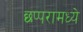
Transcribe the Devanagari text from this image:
छप्परामध्ये